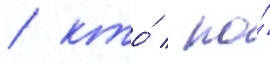
/ кто́ / по́